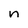
Character: n